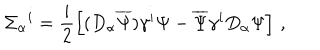
\Sigma _ { \alpha } { } ^ { i } = \frac { i } { 2 } \left[ ( D _ { \alpha } \overline { { { \Psi } } } ) \gamma ^ { i } \Psi - \overline { { { \Psi } } } \gamma ^ { i } D _ { \alpha } \Psi \right] \, ,